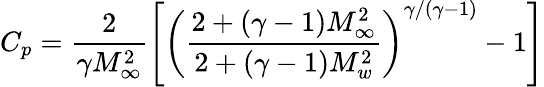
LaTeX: C_{p}=\frac{2}{\gamma M_{\infty}^{2}}\left[\left(\frac{2+(\gamma-1)M_{\infty}^{2}}{2+(\gamma-1)M_{w}^{2}}\right)^{\gamma/(\gamma-1)}-1\right]